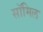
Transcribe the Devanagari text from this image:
सॉमिल